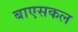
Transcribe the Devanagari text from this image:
बाएसकल